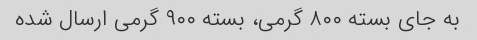
به جای بسته ٨٠٠ گرمی، بسته ٩٠٠ گرمی ارسال شده